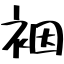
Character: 裀